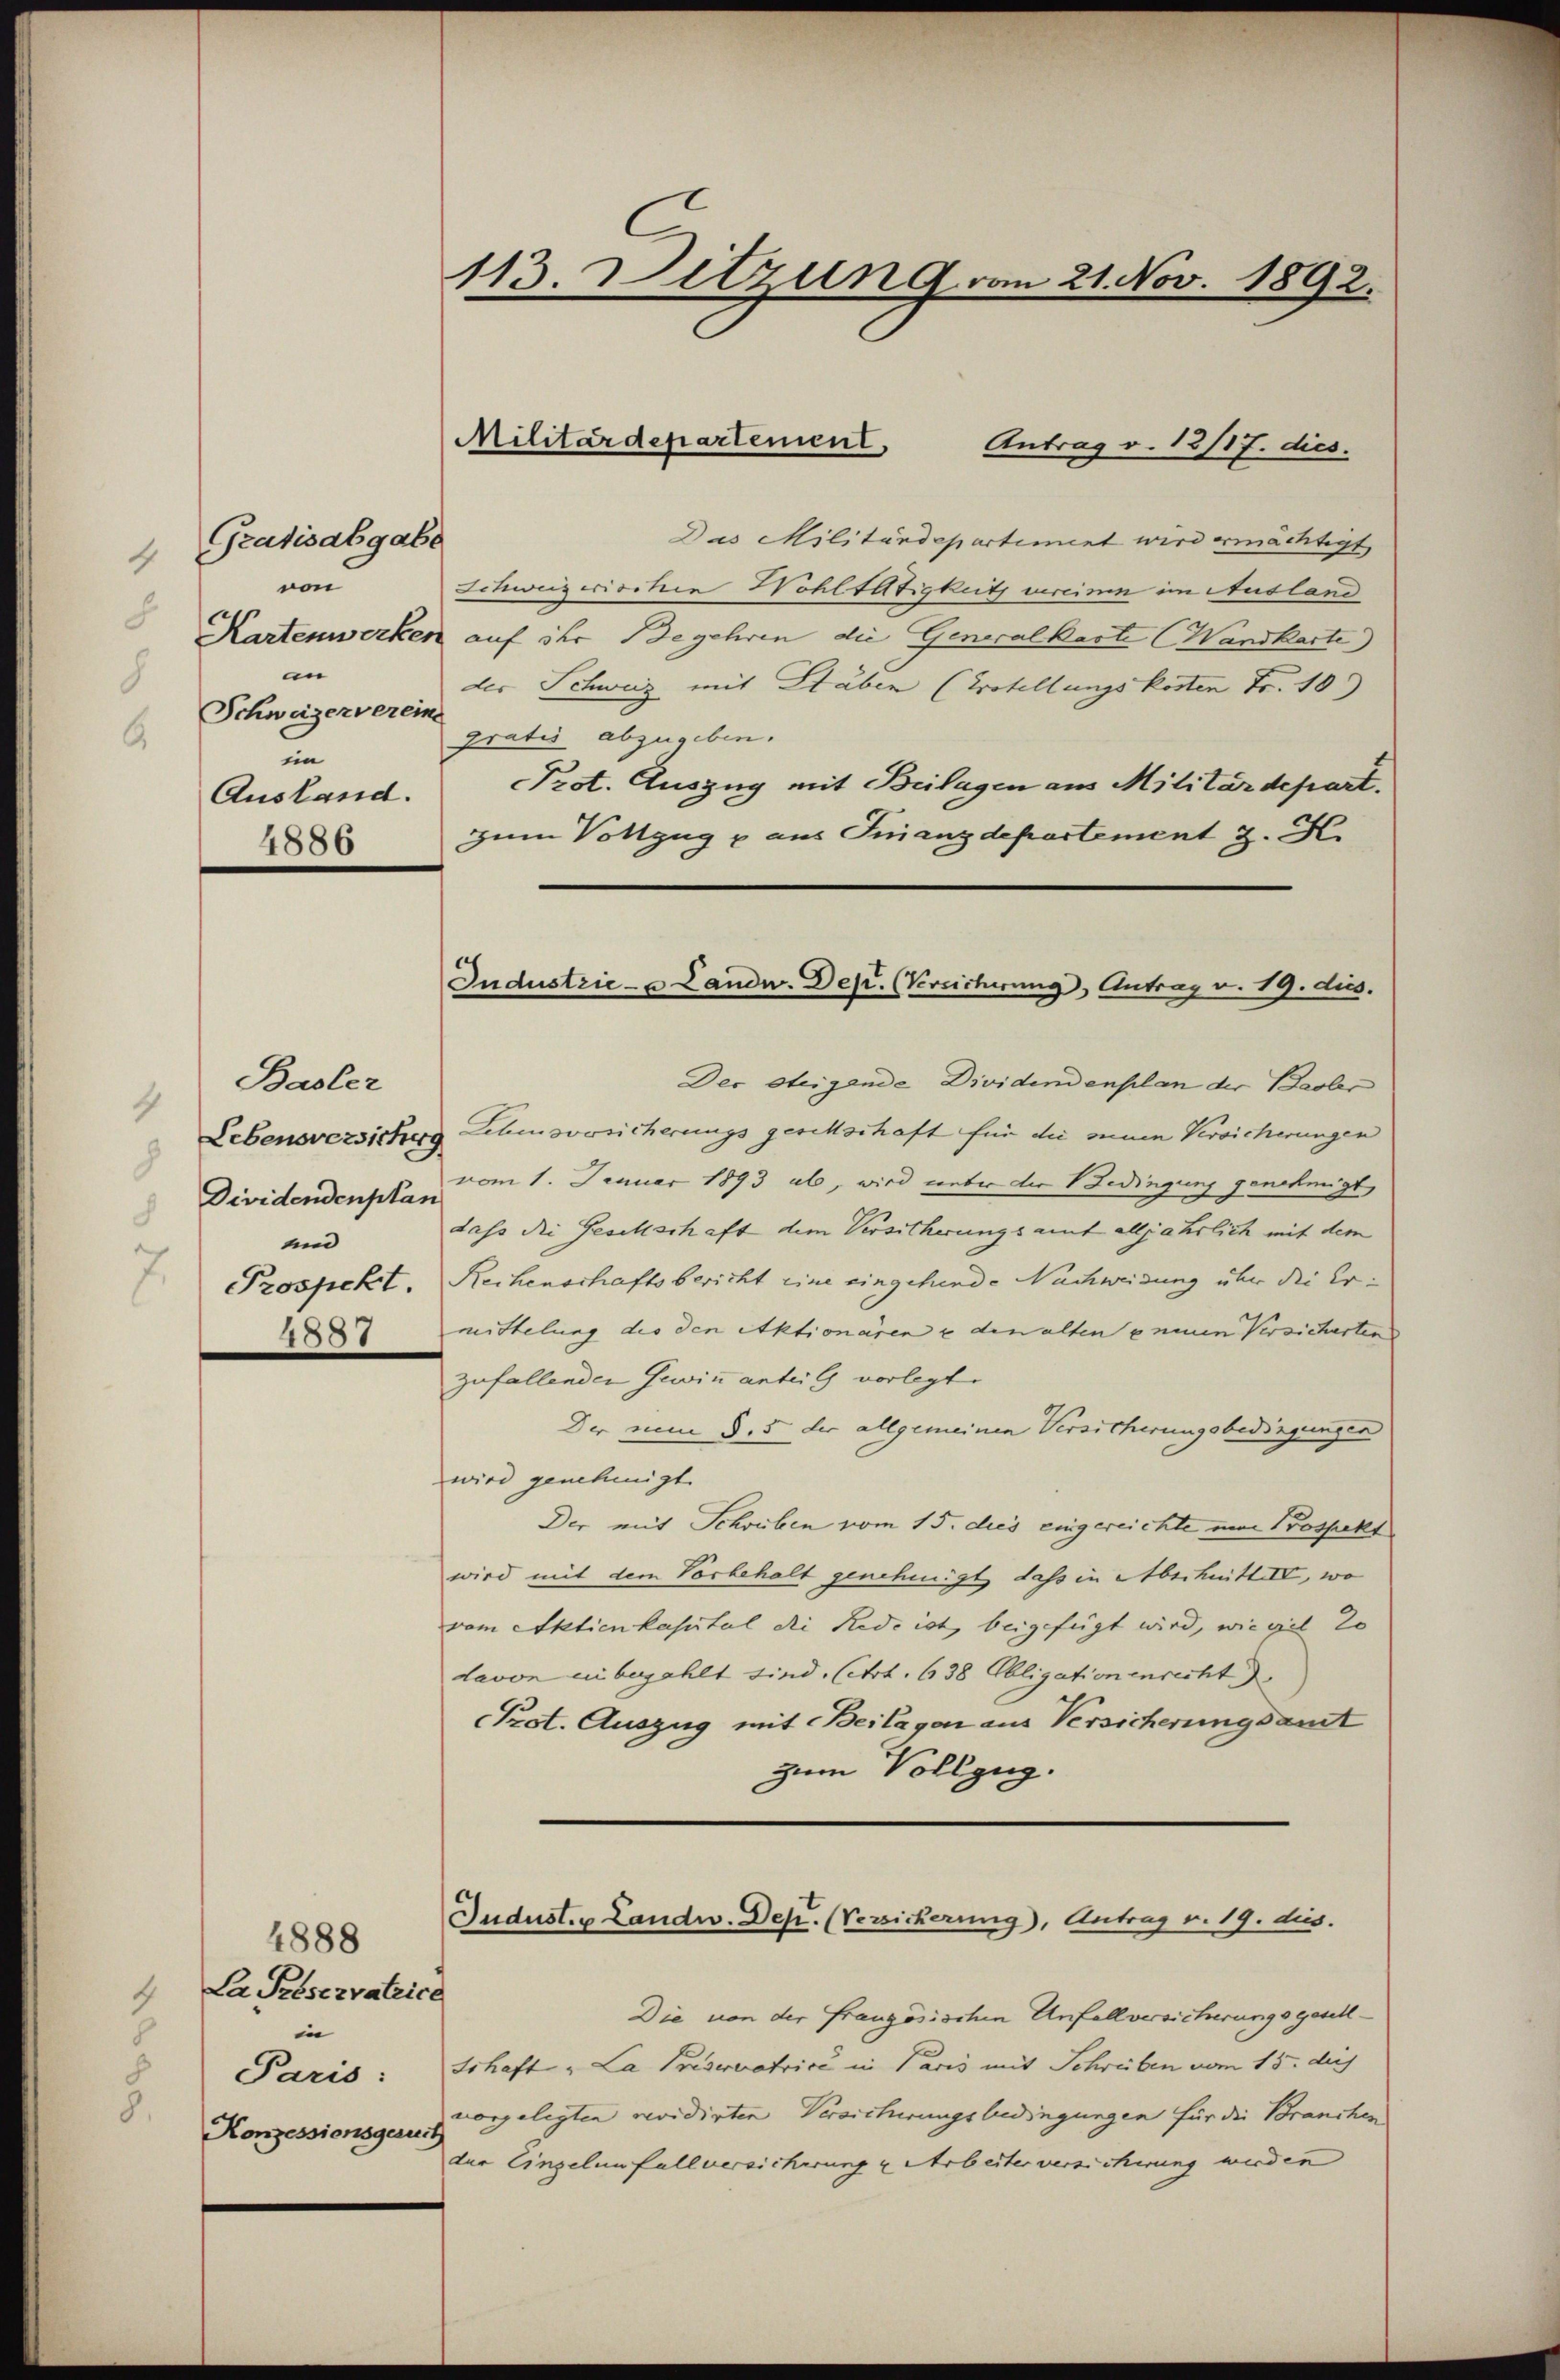
Gratisabgat
4
von
.
Kartenwerke
in
8
Schweizerverei
6.
iin
Ausland.
4886

4
8

Basler
4
Dividendenplan
8
und
7.
Prospekt.
4887

4888
La Préservateice
in
Paris:
Konzessionsgerurt

113. Ditzung vom 21. Nov. 1892.

6

Militärdepartement, Antrag v. 12/17. dies.

Das Militärdepartiment wird ermächtigt
Schweizerischen Wohlfältigkeit verein im Ausland
auf der Begehren die Generalkaste (Wandkarte)
der Schweiz mit Stuben (Kotellungskosten Fr. 10
gratis abzugeben.
Prot. Auszug mit Beilagen aus Militärdepart.
Zum Vollzug p aus Finanzdepartement z. H.
Der Steigende Dividendenplan der Basler
Lebensversichung Lehensversicherungs geschschaft für die muen Versicherungen
vom 1. Januar 1893 ab, wird ueber die Bedingung genehmigt,
dass die Gesellschaft dem Versicherungsamt alljährlich mit dem
Rechenschaftsbericht eine eingehende Nachweisung über die Ermittelung die den Aktionären u den alten e neuen Versicherten
zufallender Gewinn anteig vorlegt.
Der nun §. 5 der allgemeinen Versicherungsbedingungen
wird genehmigt.
Der mit Schreiben vom 15. dies eingereichte mir Bospekt
wird mit dem Vorbehalt genehmigt dass in Abschnittel, wo
vom Aktienkapital die Rede ist, beigefügt wird, wiegel 20
davon in bezahlt sind. (Art. 638 Obligationenrecht
Prot. Auszug mit Beilagen aus Versicherungsamt
zum Vollzug.
Jndust. u Landw. Dep. (Versicherung), Antrag v. 19. dies.
Die von der Französischen Unfallversicherungsgesell¬
Schaft „La Priservatrice in Paris mit Schreiben vom 15. des
vorgelegten revidirten Versicherungsbedingungen für die Branchen
der Einzelenfallversicherung u Arbeiter versicherung wurden

Industrie- u Landw. Dep. (Versicherung, Antrag v. 19. dies.